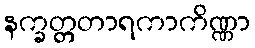
နက္ခတ္တတာရကာကိဏ္ဏာ